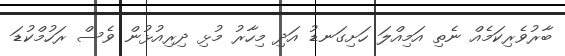
ބާރުވެރިކަމެއް ނެތި އަމިއްލަ ހަށިގަނޑު އަދި މިހާރު މުޅި ދިރިއުޅުން ވެސް ރަހުމްކުޑަ